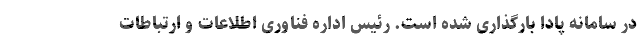
در سامانه پادا بارگذاری شده است. رئیس اداره فناوری اطلاعات و ارتباطات